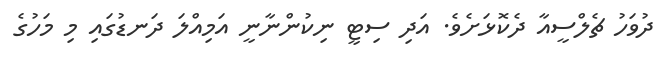
ދުވަހު ޗެލްސީއާ ދެކޮޅަށެވެ. އަދި ސިޓީ ނިކުންނާނީ އަމިއްލަ ދަނޑުގައި މި މަހުގެ